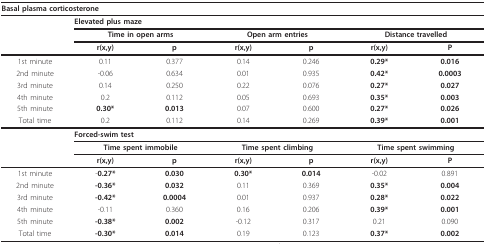
<table><thead><tr><td colspan="7"><b>Basal plasma corticosterone</b></td></tr></thead><tbody><tr><td></td><td colspan="6"><b>Elevated plus maze</b></td></tr><tr><td></td><td colspan="2"><b>Time in open arms</b></td><td colspan="2"><b>Open arm entries</b></td><td colspan="2"><b>Distance travelled</b></td></tr><tr><td></td><td><b>r(x,y)</b></td><td><b>p</b></td><td><b>r(x,y)</b></td><td><b>p</b></td><td><b>r(x,y)</b></td><td><b>P</b></td></tr><tr><td>1st minute</td><td>0.11</td><td>0.377</td><td>0.14</td><td>0.246</td><td><b>0.29*</b></td><td><b>0.016</b></td></tr><tr><td>2nd minute</td><td>-0.06</td><td>0.634</td><td>0.01</td><td>0.935</td><td><b>0.42*</b></td><td><b>0.0003</b></td></tr><tr><td>3rd minute</td><td>0.14</td><td>0.250</td><td>0.22</td><td>0.076</td><td><b>0.27*</b></td><td><b>0.027</b></td></tr><tr><td>4th minute</td><td>0.2</td><td>0.112</td><td>0.05</td><td>0.693</td><td><b>0.35*</b></td><td><b>0.003</b></td></tr><tr><td>5th minute</td><td><b>0.30*</b></td><td><b>0.013</b></td><td>0.07</td><td>0.600</td><td><b>0.27*</b></td><td><b>0.026</b></td></tr><tr><td>Total time</td><td>0.2</td><td>0.112</td><td>0.14</td><td>0.269</td><td><b>0.39*</b></td><td><b>0.001</b></td></tr><tr><td></td><td colspan="6"><b>Forced-swim test</b></td></tr><tr><td></td><td colspan="2"><b>Time spent immobile</b></td><td colspan="2"><b>Time spent climbing</b></td><td colspan="2"><b>Time spent swimming</b></td></tr><tr><td></td><td><b>r(x,y)</b></td><td><b>p</b></td><td><b>r(x,y)</b></td><td><b>p</b></td><td><b>r(x,y)</b></td><td><b>P</b></td></tr><tr><td>1st minute</td><td>-<b>0.27*</b></td><td><b>0.030</b></td><td><b>0.30*</b></td><td><b>0.014</b></td><td>-0.02</td><td>0.891</td></tr><tr><td>2nd minute</td><td><b>-0.36*</b></td><td><b>0.032</b></td><td>0.11</td><td>0.369</td><td><b>0.35*</b></td><td><b>0.004</b></td></tr><tr><td>3rd minute</td><td><b>-0.42*</b></td><td><b>0.0004</b></td><td>0.01</td><td>0.937</td><td><b>0.28*</b></td><td><b>0.022</b></td></tr><tr><td>4th minute</td><td>-0.11</td><td>0.360</td><td>0.16</td><td>0.206</td><td><b>0.39*</b></td><td><b>0.001</b></td></tr><tr><td>5th minute</td><td><b>-0.38*</b></td><td><b>0.002</b></td><td>-0.12</td><td>0.317</td><td>0.21</td><td>0.090</td></tr><tr><td>Total time</td><td><b>-0.30*</b></td><td><b>0.014</b></td><td>0.19</td><td>0.123</td><td><b>0.37*</b></td><td><b>0.002</b></td></tr></tbody></table>